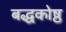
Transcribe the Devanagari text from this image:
बद्धकोष्ठ